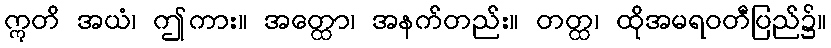
ဣတိ အယံ၊ ဤကား။ အတ္ထော၊ အနက်တည်း။ တတ္ထ၊ ထိုအမရဝတီပြည်၌။